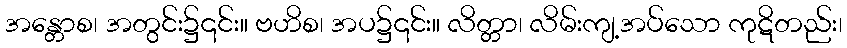
အန္တောစ၊ အတွင်း၌၎င်း။ ဗဟိစ၊ အပ၌၎င်း။ လိတ္တာ၊ လိမ်းကျ့အပ်သော ကုဋိတည်း၊